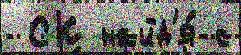
 СК найд'я́ с